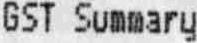
GST SUMMARY